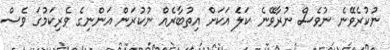
ނުކުރެވޭނެ ނުވެސް ނުރާވޭނެ ކަލަެ އަކަށް އިތުބާރެއް ނުކުރަން އަންނިގެ ވެރިކަމުގަ ވެސް